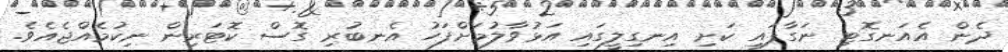
ދެން އެއަނގޮޓި ނަގާފައި ކަށި އިނގިލީގައި އަޅުވާލުމަށްފަހު އެނބުރި ގޮސް ކޮޓަރިން ނިކުމެއްޖެއެވެ.